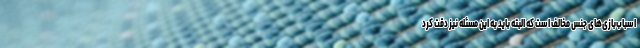
اسباب‌بازی‌های جنس مخالف است که البته باید به این مسئله نیز دقت کرد